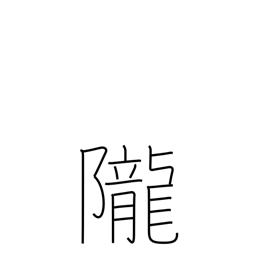
Meaning: hill